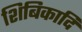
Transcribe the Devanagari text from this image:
शिबिकादि